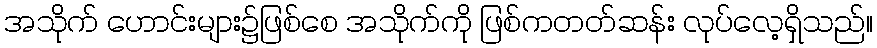
အသိုက် ဟောင်းများ၌ဖြစ်စေ အသိုက်ကို ဖြစ်ကတတ်ဆန်း လုပ်လေ့ရှိသည်။